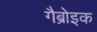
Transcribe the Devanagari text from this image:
गैब्रोइक